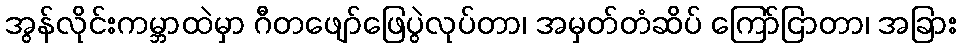
အွန်လိုင်းကမ္ဘာထဲမှာ ဂီတဖျော်ဖြေပွဲလုပ်တာ၊ အမှတ်တံဆိပ် ကြော်ငြာတာ၊ အခြား